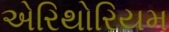
એરિથોરિયમ